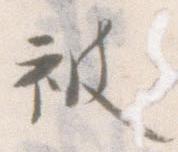
被